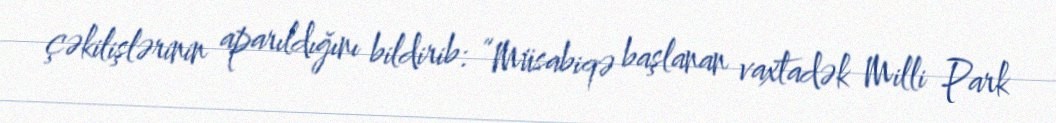
çəkilişlərinin aparıldığını bildirib: “Müsabiqə başlanan vaxtadək Milli Park